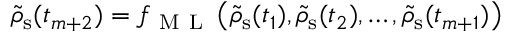
\tilde { \rho } _ { \mathrm { s } } ( t _ { m + 2 } ) = f _ { \mathrm { ~ M ~ L ~ } } \left( \tilde { \rho } _ { \mathrm { s } } ( t _ { 1 } ) , \tilde { \rho } _ { \mathrm { s } } ( t _ { 2 } ) , \dots , \tilde { \rho } _ { \mathrm { s } } ( t _ { m + 1 } ) \right)